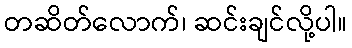
တဆိတ်လောက်၊ ဆင်းချင်လို့ပါ။